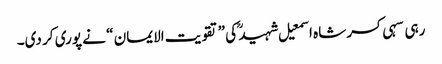
رہی سہی کسر شاہ اسمعیل شہید ؒ کی ”تقویت الایمان “ نے پوری کر دی۔